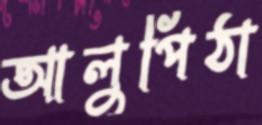
আলুপিঠা